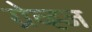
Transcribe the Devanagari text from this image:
ग्रेव्ह्ज